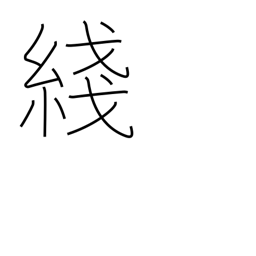
Meaning: thread